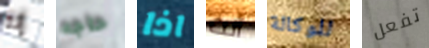
إنه حاجه اذا أنت للوكالة تفعل